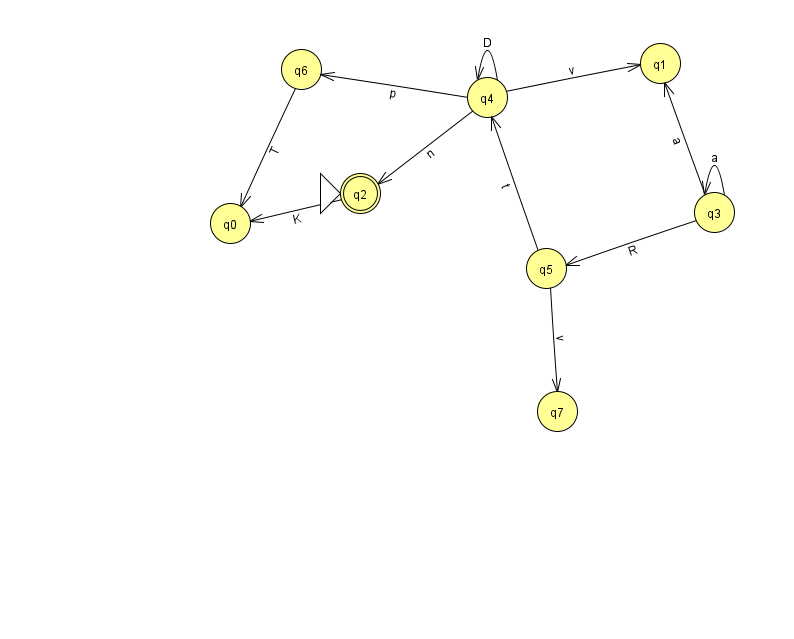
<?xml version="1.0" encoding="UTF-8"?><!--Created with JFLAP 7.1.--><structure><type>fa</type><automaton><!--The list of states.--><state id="0" name="q0"><x>230.0</x><y>210.0</y></state><state id="1" name="q1"><x>660.0</x><y>50.0</y></state><state id="2" name="q2"><x>360.0</x><y>180.0</y><initial/><final/></state><state id="3" name="q3"><x>714.0</x><y>199.0</y></state><state id="4" name="q4"><x>487.0</x><y>84.0</y></state><state id="5" name="q5"><x>546.0</x><y>255.0</y></state><state id="6" name="q6"><x>301.0</x><y>56.0</y></state><state id="7" name="q7"><x>557.0</x><y>398.0</y></state><!--The list of transitions.--><transition><from>3</from><to>3</to><read>a</read></transition><transition><from>2</from><to>0</to><read>K</read></transition><transition><from>3</from><to>5</to><read>R</read></transition><transition><from>4</from><to>4</to><read>D</read></transition><transition><from>3</from><to>1</to><read>a</read></transition><transition><from>4</from><to>6</to><read>p</read></transition><transition><from>5</from><to>4</to><read>t</read></transition><transition><from>5</from><to>7</to><read>v</read></transition><transition><from>6</from><to>0</to><read>T</read></transition><transition><from>4</from><to>1</to><read>v</read></transition><transition><from>4</from><to>2</to><read>n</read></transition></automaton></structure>